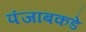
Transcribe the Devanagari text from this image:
पंजाबकडे